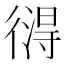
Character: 𢕚